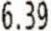
6.39